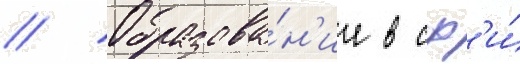
// Образова́н'ие в сф'и́